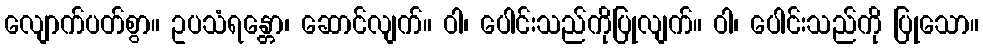
လျောက်ပတ်စွာ။ ဥပသံရန္တော၊ ဆောင်လျက်။ ဝါ၊ ပေါင်းသည်ကိုပြုလျက်။ ဝါ၊ ပေါင်းသည်ကို ပြုသော။